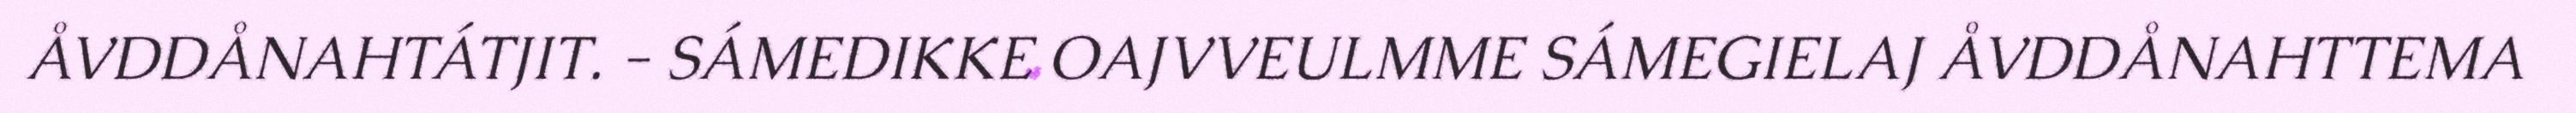
ÅVDDÅNAHTÁTJIT. - SÁMEDIKKE OAJVVEULMME SÁMEGIELAJ ÅVDDÅNAHTTEMA